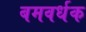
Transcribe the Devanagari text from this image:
बमवर्धक